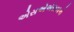
એસએએસ૦૨એ